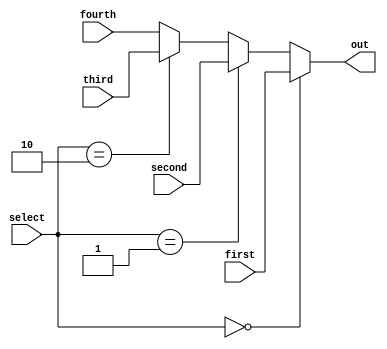
module Mux4
#(parameter WIDTH = 8)
(
    input wire [WIDTH - 1:0] first,
    input wire [WIDTH - 1:0] second,
    input wire [WIDTH - 1:0] third,
    input wire [WIDTH - 1:0] fourth,
    input [1:0] select,
    
    output wire [WIDTH - 1:0] out
);
    assign out = (select == 2'b00) ? first : 
                 (select == 2'b01) ? second :
                 (select == 2'b10) ? third :
                 fourth;
                 
endmodule